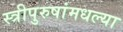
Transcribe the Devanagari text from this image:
स्त्रीपुरुषांमधल्या